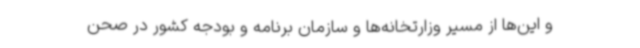
و این‌ها از مسیر وزارتخانه‌ها و سازمان برنامه و بودجه کشور در صحن